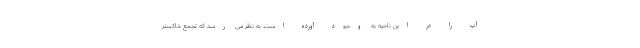
آب را در این ناحیه به وجود آورده است. به نظر می رسد که تجمع خاکستر